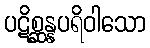
ပဋိစ္ဆန္နပရိဝါသော